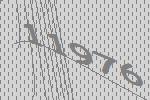
11976